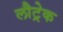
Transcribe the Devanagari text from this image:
लौट्रेक